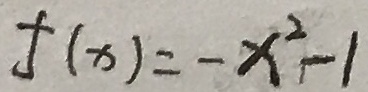
f ( x ) = - x ^ { 2 } - 1